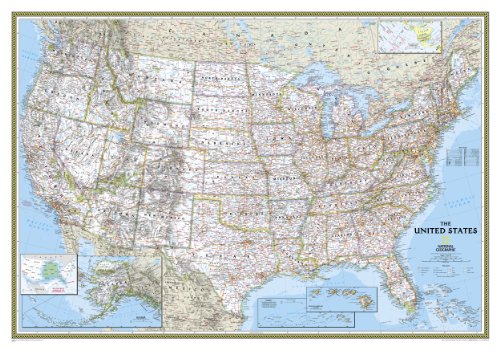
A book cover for United States Classic [Tubed] (National Geographic Reference Map); National Geographic Maps - Reference; Reference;